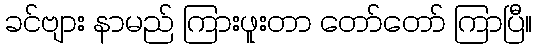
ခင်ဗျား နာမည် ကြားဖူးတာ တော်တော် ကြာပြီ။